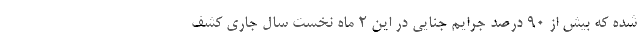
شده که بیش از ۹۰ درصد جرایم جنایی در این ۲ ماه نخست سال جاری کشف